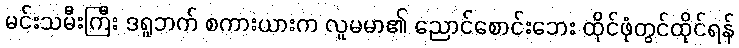
မင်းသမီးကြီး ဒရူဘက် စကားယားက လူမမာ၏ ညောင်စောင်းဘေး ထိုင်ဖုံတွင်ထိုင်ရန်